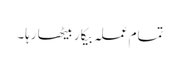
تمام عملہ بیکار بیٹھا رہا۔